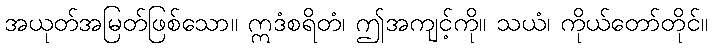
အယုတ်အမြတ်ဖြစ်သော။ ဣဒံစရိတံ၊ ဤအကျင့်ကို။ သယံ၊ ကိုယ်တော်တိုင်။